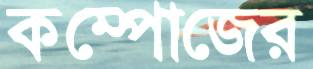
কম্পোজের